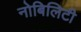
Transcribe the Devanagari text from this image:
नोबिलिटी